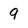
Character: 9